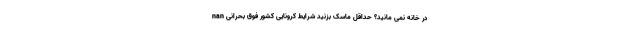
nan در خانه نمی مانید؟ حداقل ماسک بزنید شرایط کرونایی کشور فوق بحرانی